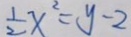
\frac { 1 } { 2 } x ^ { 2 } = y - 2